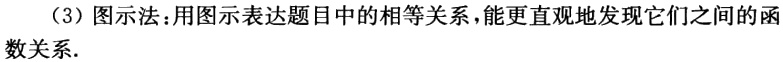
（3）图示法：用图示表达题目中的相等关系，能更直观地发现它们之间的函